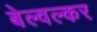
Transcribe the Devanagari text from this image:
बेल्वल्कर